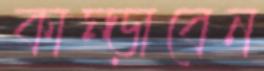
কাম্‌ড়াবেন